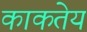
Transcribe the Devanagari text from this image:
काकतेय